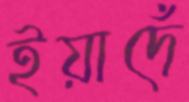
ইয়াদেঁ